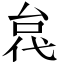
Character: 𫢼